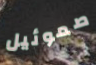
صموئيل